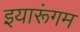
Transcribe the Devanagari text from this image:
इयारूंगम